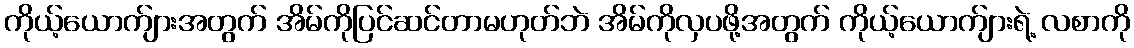
ကိုယ့်ယောက်ျားအတွက် အိမ်ကိုပြင်ဆင်တာမဟုတ်ဘဲ အိမ်ကိုလှပဖို့အတွက် ကိုယ့်ယောက်ျားရဲ့ လစာကို